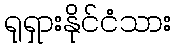
ရုရှားနိုင်ငံသား